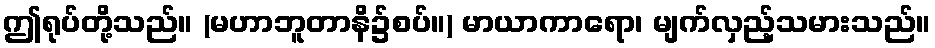
ဤရုပ်တို့သည်။ (မဟာဘူတာနိ၌စပ်။) မာယာကာရော၊ မျက်လှည့်သမားသည်။